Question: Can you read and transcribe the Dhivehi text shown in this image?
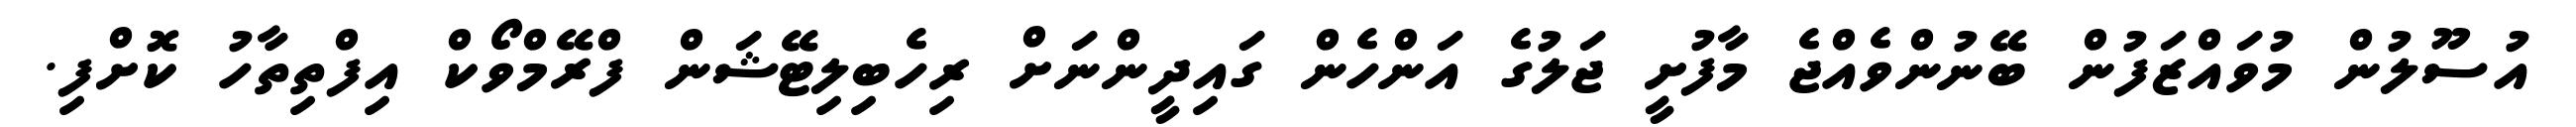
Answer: އުސޫލުން މުވައްޒަފުން ބޭނުންވެއްޖެ މާފުށީ ޖަލުގެ އަންހެން ގައިދީންނަށް ރިހެބިލިޓޭޝަން ފްރޭމްވޯކް އިފްތިތާހު ކޮށްފި.